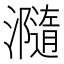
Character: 瀡